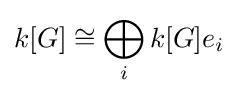
k[G]\cong \bigoplus _{i}k[G]e_{i}